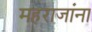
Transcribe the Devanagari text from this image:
महराजांना